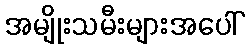
အမျိုးသမီးများအပေါ်